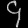
Digit: ၄